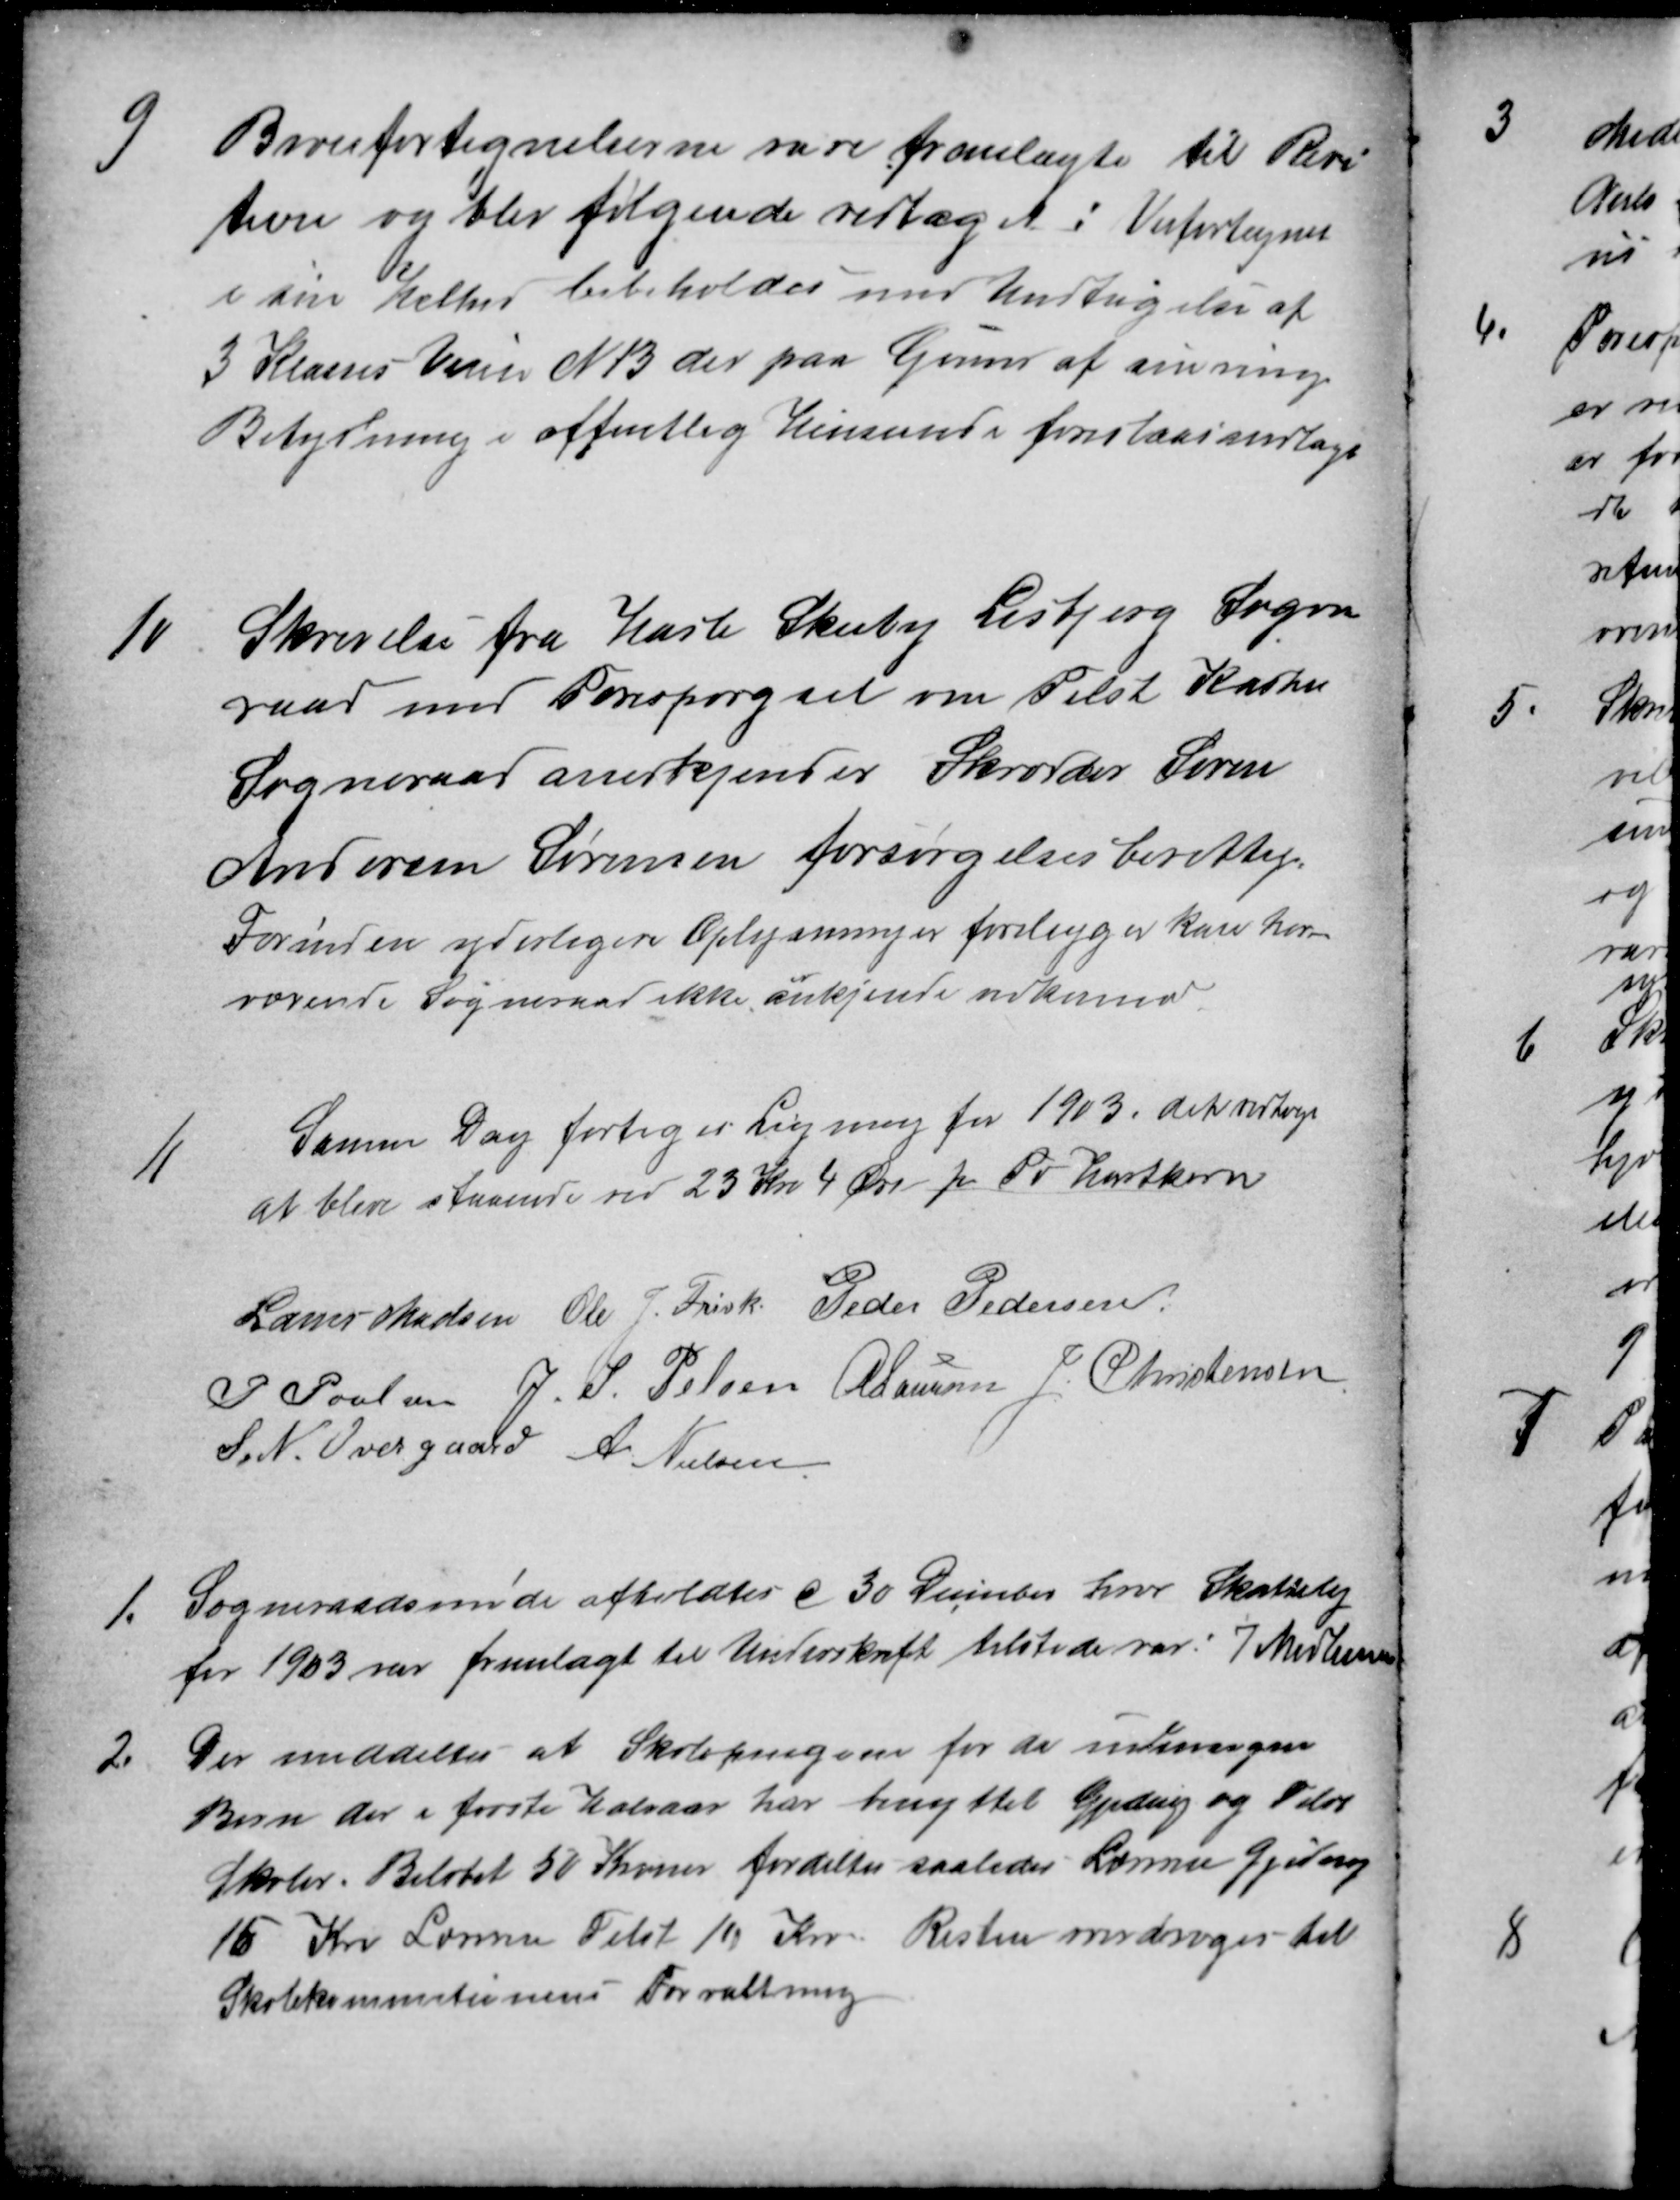
Transskription:
9
Biveifortegnelserne vare fremlagte til Revi
tion og blev følgende vedtaget : Veifortegnet
i sin helhed bibeholdes med Undtagelse af
3 Klasses Veien N13 der paa Grund af sin ringe
Betydning i offentlig Henseende foreslaas nedlagt
10
Skrivelse fra Hasle Skeiby Lisbjerg Sogne
raad med Forespørgsel om Tilst Kasted
Sogneraad anerkjener Skrædder Søren
Andersen Sørensen forsørgelsesberettig
Forinden yderligere Oplysninger foreligger kan her-
værende Sogneraad ikke ankjende vedkommende
11
Samme Dag foretoges Ligning for 1903. det vedtoges
at blive staaende ved 23 Kr 4 Øre pr Td Hartkorn
Laurs Madsen Ole P. Frisk Peder Pedersen
P Poulsen J. S. Pelsen A Laursen J. Christensen
S. N. Overgaard A. Nielsen
1
Sogneraadsmøde afholdtes d 30 December hvor Skattelig
for 1903 var fremlagt til Underskrift tilstede var: 7 Medlemmer
2.
Der meddeltes at Skolepengene for de udensogns
Børn der i første Halvaar har benyttet Gjeding og Tilst
Skoler. Beløbet 50 Kroner fordeltes saaledes Læreren Gjeding
16 Kr. Læreren Tilst 10 Kr. Resten overdroges til
Skolekommitionens Forvaltning